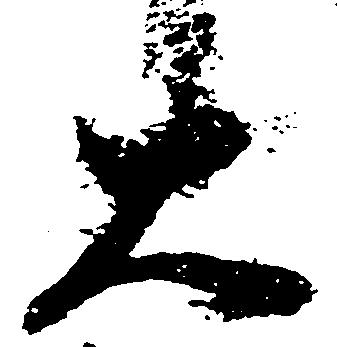
大